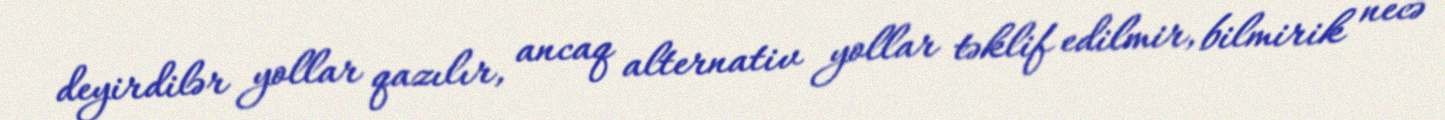
deyirdilər yollar qazılır, ancaq alternativ yollar təklif edilmir, bilmirik necə